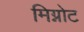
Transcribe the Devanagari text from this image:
मिग्नोट